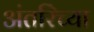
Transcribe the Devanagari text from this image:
अंतरिंच्या